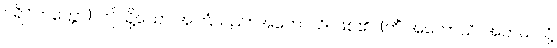
ပရိဝိတက္ကော)၊ ဤသို့သော အကြံသည်။ အဟောသိ၊ ဖြစ်၏။ (ကိံ အဟောသိ၊ အဘယ်သို့